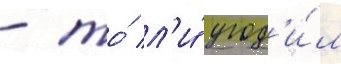
- то́ л'и́ угод'и́л